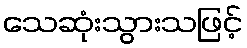
သေဆုံးသွားသဖြင့်